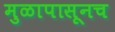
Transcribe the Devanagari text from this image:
मुळापासूनच